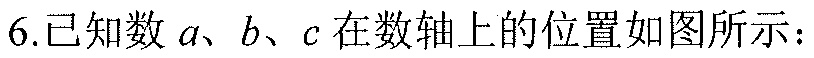
6.已知数$a、b、c$在数轴上的位置如图所示：